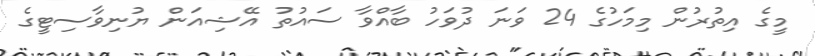
މީގެ އިތުރުން މިމަހުގެ 24 ވަނަ ދުވަހު ބާއްވާ ސައުތު އޭޝިއަން ޔުނިވާސިޓީގެ